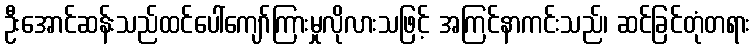
ဦးအောင်ဆန်းသည်ထင်ပေါ်ကျော်ကြားမှုလိုလားသဖြင့် အကြင်နာကင်းသည်၊ ဆင်ခြင်တုံတရား